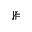
\nVDash